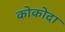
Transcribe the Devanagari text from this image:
कोकोदा